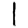
Digit: 1